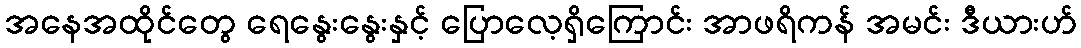
အနေအထိုင်တွေ ရေနွေးနွေးနှင့် ပြောလေ့ရှိကြောင်း အာဖရိကန် အမင်း ဒီယားဟ်